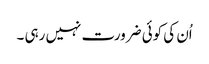
اُن کی کوئی ضرورت نہیں رہی ۔